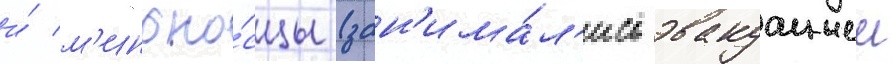
и́ м'иноно́сцы (зан'има́л'ись эвакуациеи